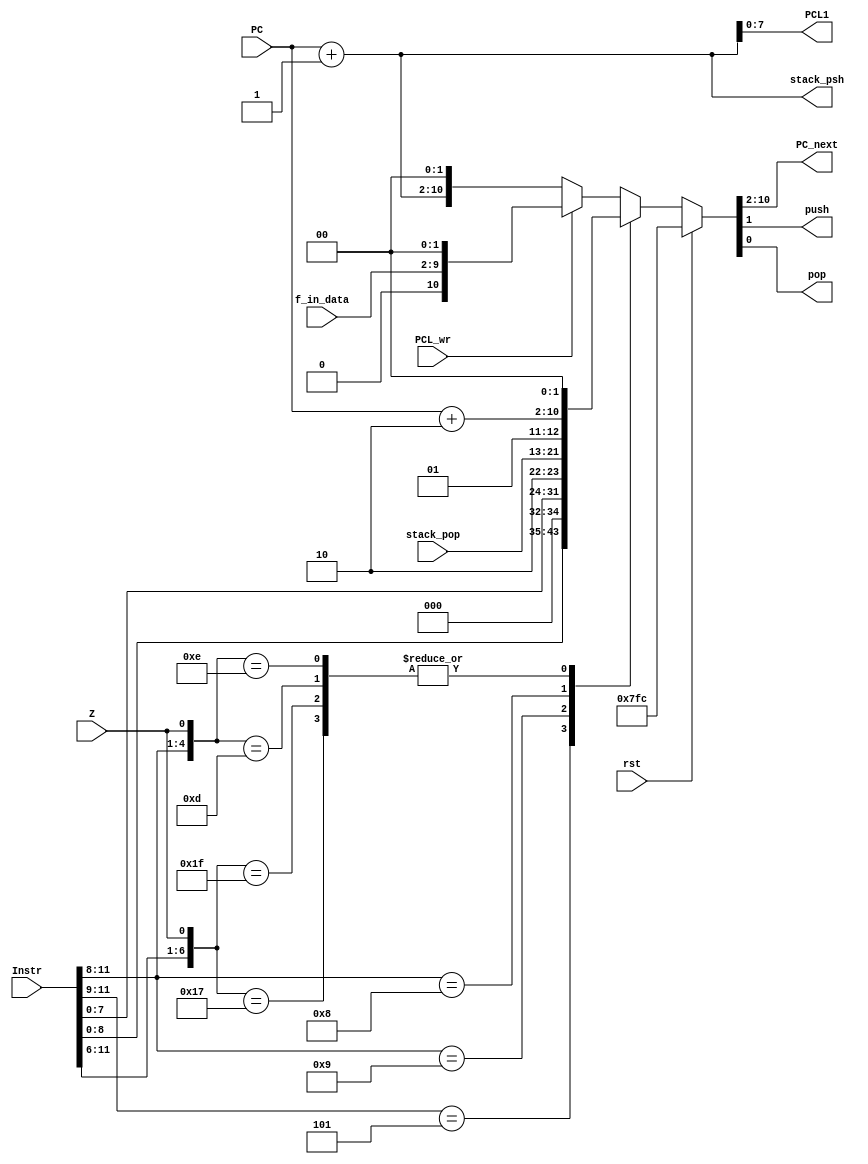
`timescale 1ns / 1ps
//////////////////////////////////////////////////////////////////////////////////
// Company: 
// 
// Design Name: 
// Module Name: Seqnc
// Project Name: 
// Target Devices: 
// Tool Versions: 
// Description: 
// 
// Dependencies: 
// 
// Revision:
// Revision 0.01 - File Created
// Additional Comments:
// 
//////////////////////////////////////////////////////////////////////////////////

module Seqnc(
    input rst,
    input [11:0] Instr,
    input [8:0] PC,
    input [7:0] f_in_data,
    input PCL_wr,
    input Z,
    output [7:0] PCL1,
    output reg [8:0] PC_next,
    output reg push,
    output reg pop,
    output [8:0] stack_psh,
    input [8:0] stack_pop
    );

	parameter rst_cvt = 9'b111111111;

	wire [7:0]	K8 = Instr[7:0];
	wire [8:0]	K9 = Instr[8:0]; // 9 instant number

	wire		ONE = 1'b1;
	wire [1:0]	TWO = 2'b10;
	wire [8:0]	PC_plus2, PC_plus;

	assign PC_plus2 = PC + TWO;
	assign PC_plus 	= PC + ONE;
	assign PCL1		= PC_plus [7:0];

	always @(rst, Instr, Z, K9, K8, stack_pop, PC_plus2, PCL_wr, f_in_data, PC_plus) begin
		if (rst) begin
			//reset
			{PC_next, push, pop} <= {rst_cvt, 1'b0, 1'b0};
			
		end
		else casex ({Instr[11:6], Z})
			7'b101????: {PC_next, push, pop} <=			{K9, 1'b0, 1'b0};	// GOTO:	101k kkkk kkkk  (2^9 = 512)
			7'b1001???: {PC_next, push, pop} <=	{{1'b0, K8}, 1'b1, 1'b0};	// CALL:	1001 kkkk kkkk  (2^8 = 256)
			7'b1000???: {PC_next, push, pop} <= {stack_pop,  1'b0, 1'b1};	// RETLW:	1000 kkkk kkkk  W
			7'b0111??0,														// BTFSS:	0111 bbbf ffff  Reg_file(f ffff)  bbb  1 (Z = 0) 
			7'b0110??1,														// BTFSC:	0110 bbbf ffff  Reg_file(f ffff)  bbb  0 (Z = 1) 
			7'b0011111,														// INCFSZ:	0011 11df ffff f  1 0 (Z = 1) 
			7'b0010111: {PC_next, push, pop} <=	{PC_plus2,   1'b0, 1'b0};	// DECFSZ:	0010 11df ffff f  1 0 (Z = 1) 
			   default:
			   			if (PCL_wr) {PC_next, push, pop} <= {{1'b0, f_in_data}, 1'b0, 1'b0};
			   			else 		{PC_next, push, pop} <= {		   PC_plus, 1'b0, 1'b0};
		endcase
	end

    assign stack_psh = PC_plus;

endmodule